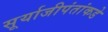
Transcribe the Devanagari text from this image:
सूर्याजीपंतांकडे